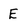
Character: E